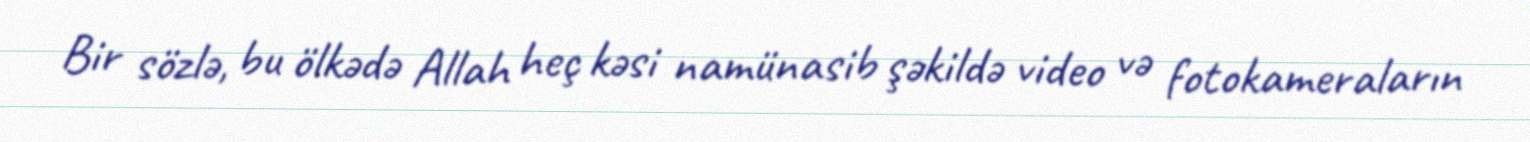
Bir sözlə, bu ölkədə Allah heç kəsi namünasib şəkildə video və fotokameraların